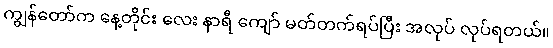
ကျွန်တော်က နေ့တိုင်း လေး နာရီ ကျော် မတ်တက်ရပ်ပြီး အလုပ် လုပ်ရတယ်။